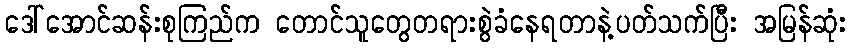
ဒေါ်အောင်ဆန်းစုကြည်က တောင်သူတွေတရားစွဲခံနေရတာနဲ့ပတ်သက်ပြီး အမြန်ဆုံး